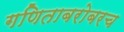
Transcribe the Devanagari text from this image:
गणिताबरोबरच